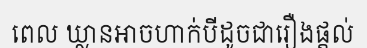
ពេល ឃ្លានអាចហាក់បីដូចជារឿងផ្តល់